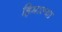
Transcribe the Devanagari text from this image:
हिमाल्या